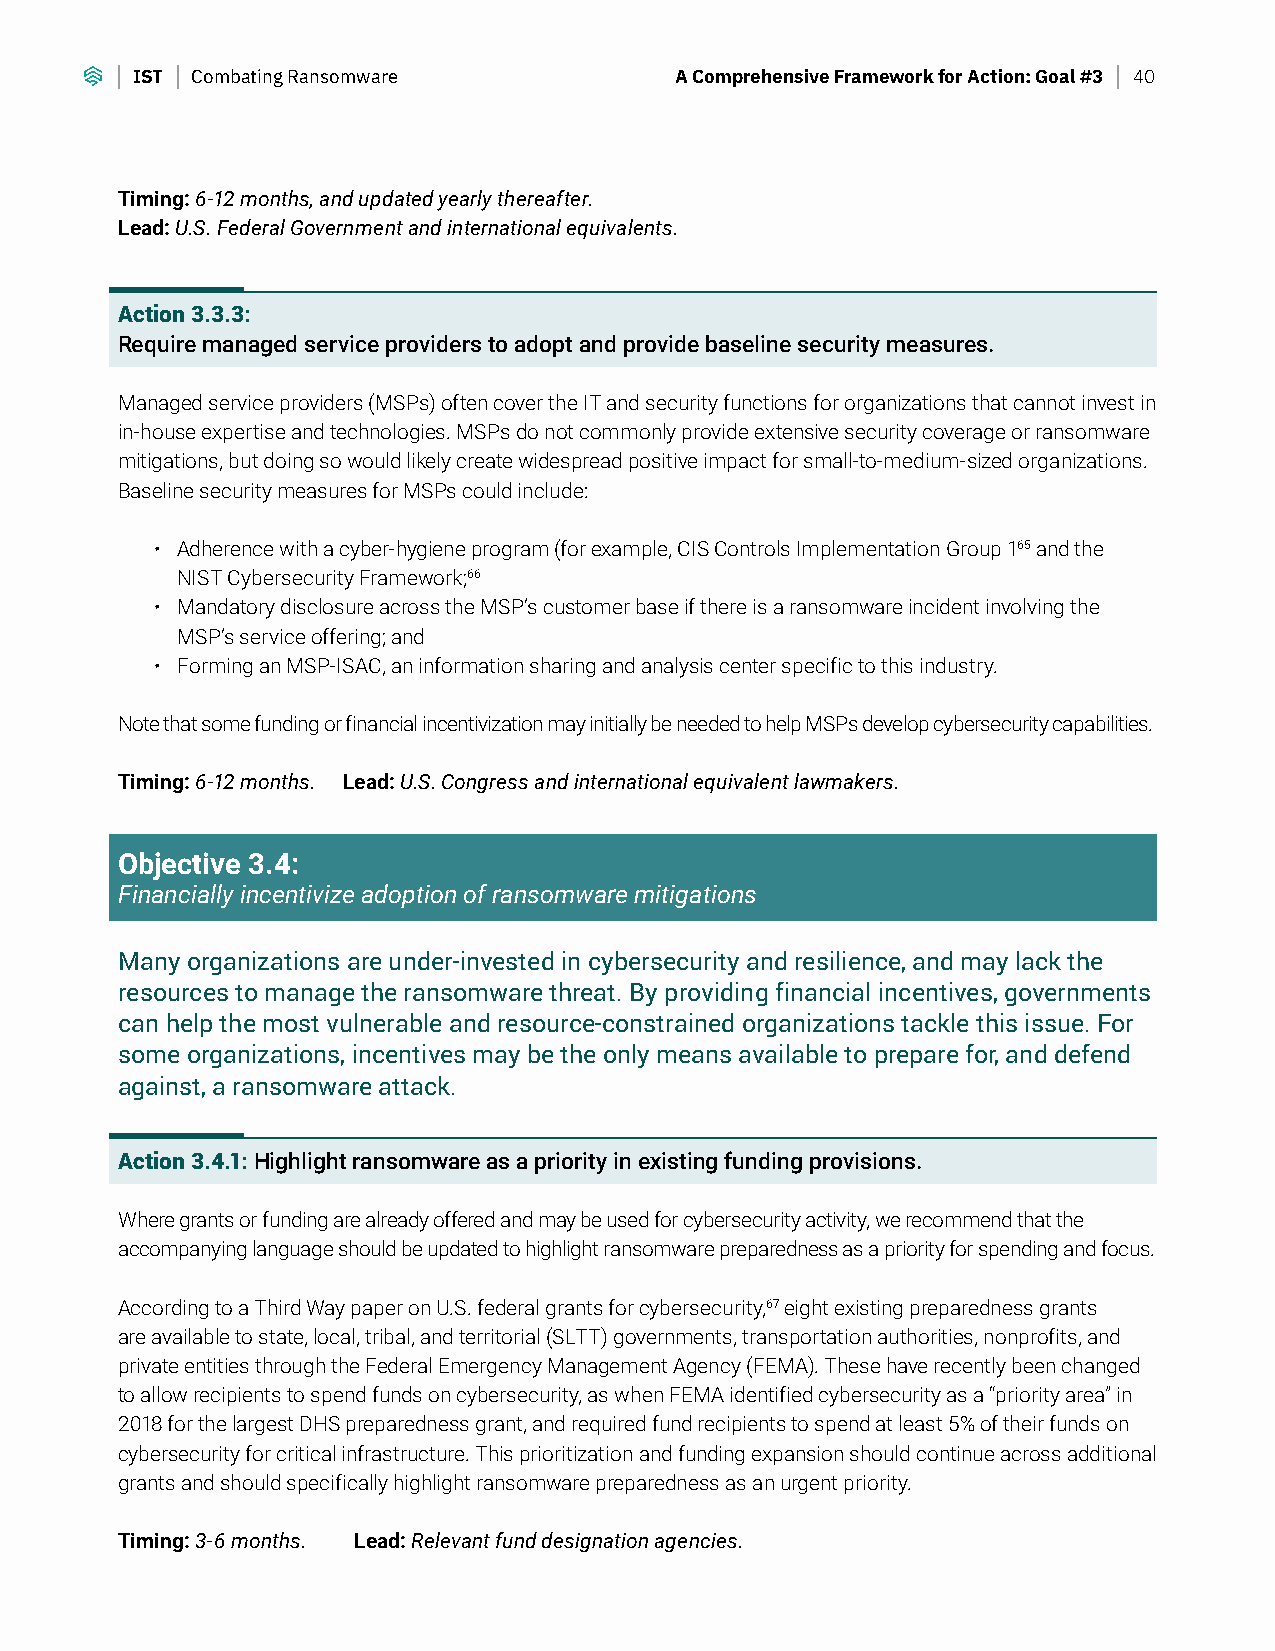
IST Combating Ransomware            A Comprehensive Framework for Action: Goal #3 40
 Timing: 6-12 months, and updated yearly thereafter.
 Lead: U.S. Federal Government and international equivalents.
 Action 3.3.3:
 Require managed service providers to adopt and provide baseline security measures.
 Managed service providers (MSPs) often cover the IT and security functions for organizations that cannot invest in
 in-house expertise and technologies. MSPs do not commonly provide extensive security coverage or ransomware
 mitigations, but doing so would likely create widespread positive impact for small-to-medium-sized organizations.
 Baseline security measures for MSPs could include:
 • Adherence with a cyber-hygiene program (for example, CIS Controls Implementation Group 165 and the
 NIST Cybersecurity Framework;66
 • Mandatory disclosure across the MSP’s customer base if there is a ransomware incident involving the
 MSP’s service offering; and
 • Forming an MSP-ISAC, an information sharing and analysis center specific to this industry.
 Note that some funding or financial incentivization may initially be needed to help MSPs develop cybersecurity capabilities.
 Timing: 6-12 months. Lead: U.S. Congress and international equivalent lawmakers.
 Objective 3.4:
 Financially incentivize adoption of ransomware mitigations
 Many organizations are under-invested in cybersecurity and resilience, and may lack the
 resources to manage the ransomware threat. By providing financial incentives, governments
 can help the most vulnerable and resource-constrained organizations tackle this issue. For
 some organizations, incentives may be the only means available to prepare for, and defend
 against, a ransomware attack.
 Action 3.4.1: Highlight ransomware as a priority in existing funding provisions.
 Where grants or funding are already offered and may be used for cybersecurity activity, we recommend that the
 accompanying language should be updated to highlight ransomware preparedness as a priority for spending and focus.
 According to a Third Way paper on U.S. federal grants for cybersecurity,67 eight existing preparedness grants
 are available to state, local, tribal, and territorial (SLTT) governments, transportation authorities, nonprofits, and
 private entities through the Federal Emergency Management Agency (FEMA). These have recently been changed
 to allow recipients to spend funds on cybersecurity, as when FEMA identified cybersecurity as a “priority area” in
 2018 for the largest DHS preparedness grant, and required fund recipients to spend at least 5% of their funds on
 cybersecurity for critical infrastructure. This prioritization and funding expansion should continue across additional
 grants and should specifically highlight ransomware preparedness as an urgent priority.
 Timing: 3-6 months. Lead: Relevant fund designation agencies.